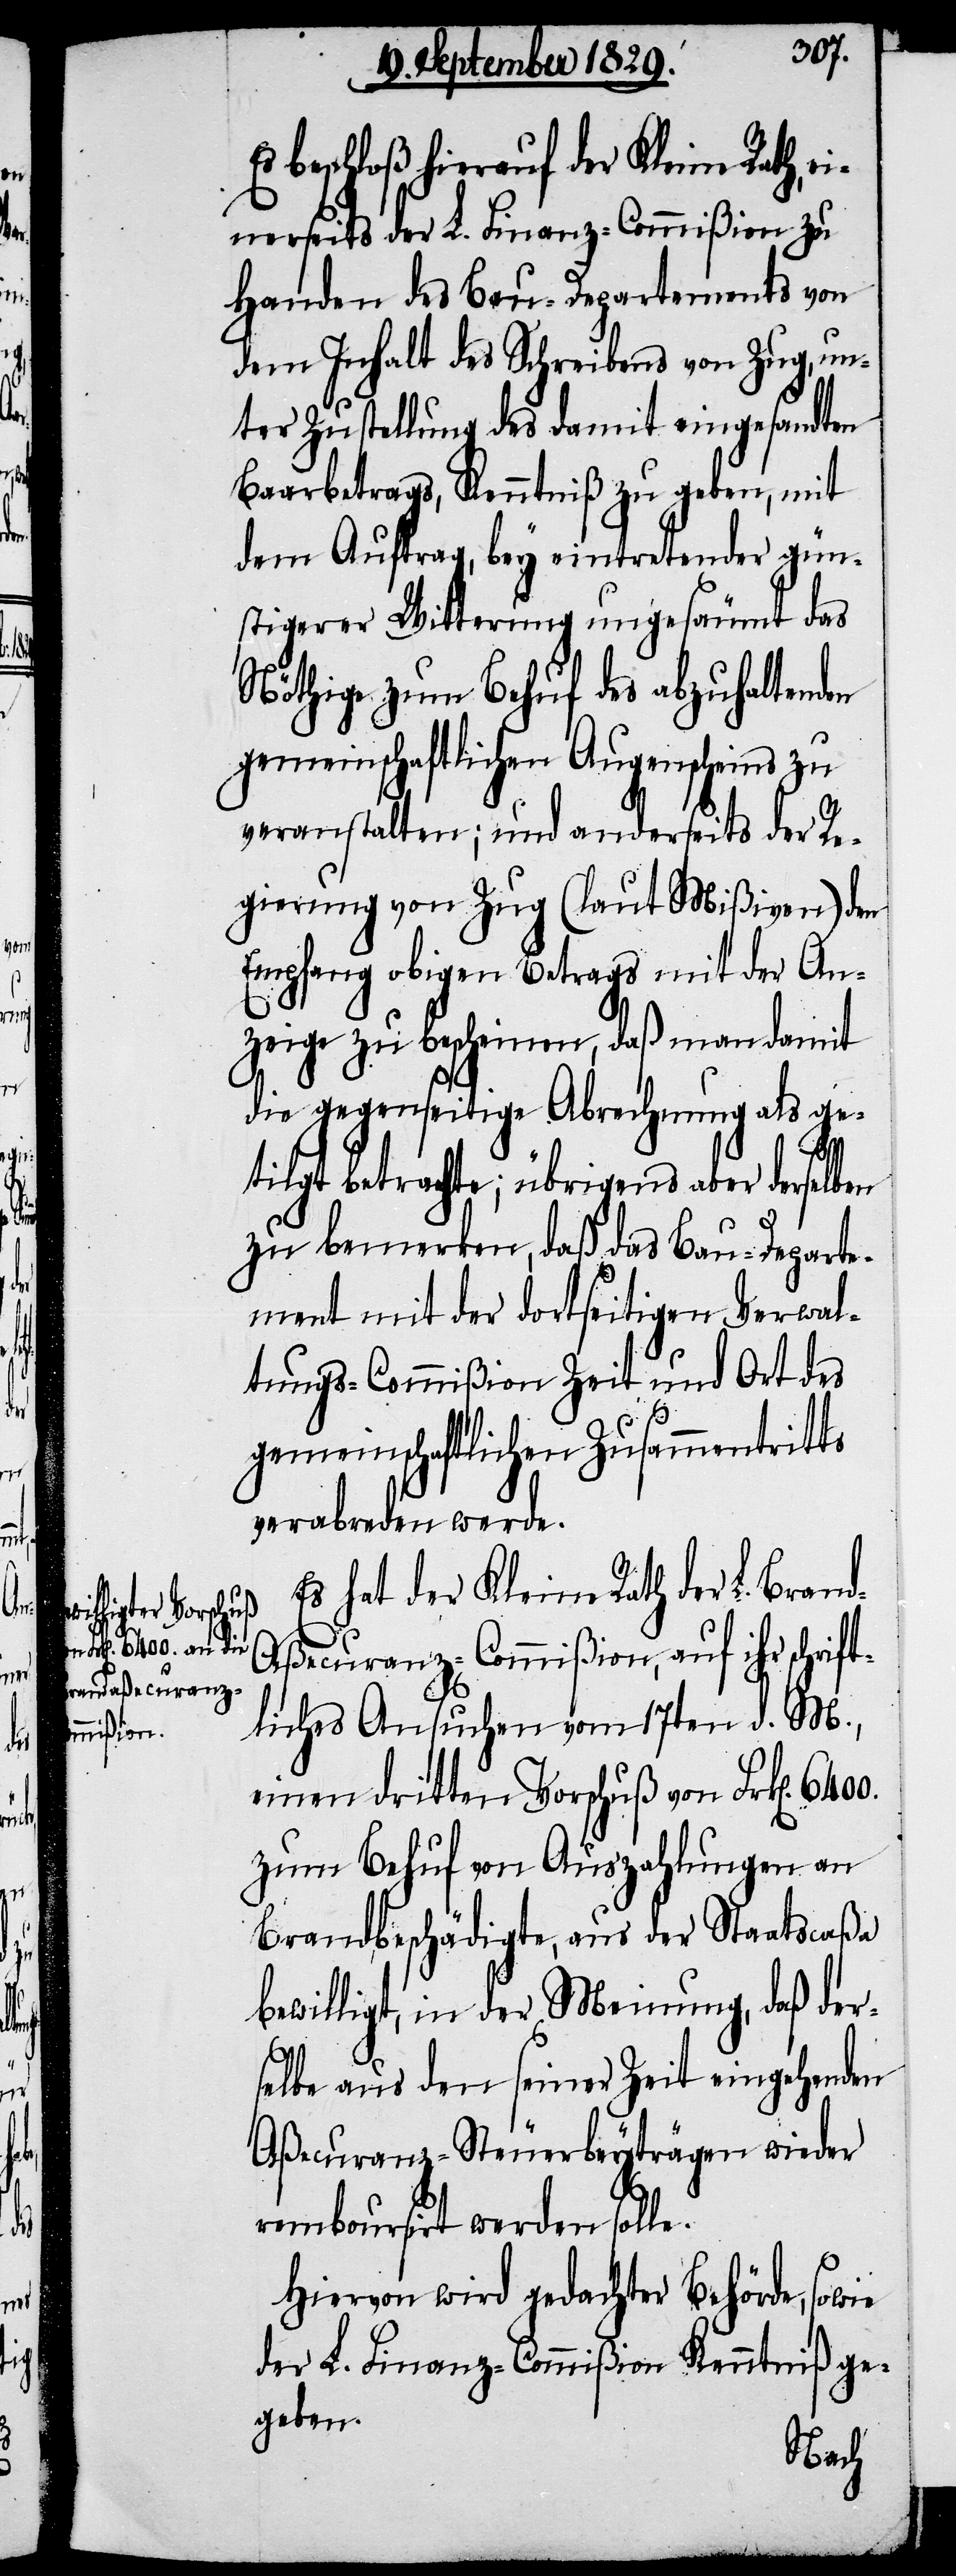
ift¬

auf ihr schr¬
Brand-Aßecuranz-C¬
ommißion,

beschloß hierauf der Kleine Rath,
einerseits der L. Finanz-Commißion zu
Handen des Bau-Departements von
dem Inhalt des Schreibens von Zug, un¬
ter Zustellung des damit eingesandten
Baarbetrags, Kenntniß zu geben, mit
dem Auftrag, bey eintretender gün¬
stigerer Witterung ungesäumt das
Nöthige zum Behuf des abzuhaltenden
gemeinschaftlichen Augenscheins zu
veranstalten; und anderseits der Re¬
gierung von Zug (laut Mißiven) den
Empfang obigen Betrags mit der An¬
zeige zu bescheinen, daß man damit
die gegenseitige Abrechnung als ge¬
Es
tilgt betrachte; übrigens aber derselben
zu bemerken, daß das Bau-Departe¬
ment mit der dortseitigen Verwal¬
tungs-Commißion Zeit und Ort des
gemeinschaftlichen Zusammentritts
verabreden werde.
Es hat der Kleine Rath der L.
liches Ansuchen vom 17ten d. M.,
einen dritten Vorschuß von Frk[en].
zum Behuf von Auszahlungen an
Brandbeschädigte, aus der Staatscaßa
bewilligt, in der Meinung, daß der¬
selbe aus den seiner Zeit eingehenden
Aßecuranz-Steuerbeyträgen wieder
remboursirt werden solle.
Hiervon wird gedachter Behörde, sowie
der L. Finanz-Commißion Kenntniß ge¬
geben.